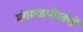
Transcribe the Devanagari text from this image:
मंगरूळपीरकडे